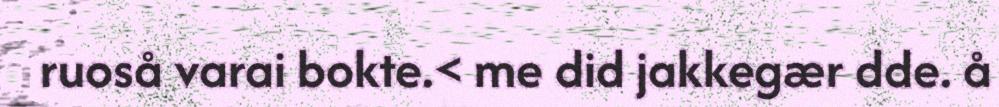
ruoså varai bokte.< me did jakkegær dde. å